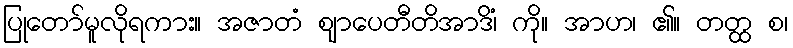
ပြုတော်မူလိုရကား။ အဇာတံ ဈာပေတီတိအာဒိံ၊ ကို။ အာဟ၊ ၏။ တတ္ထ စ၊